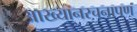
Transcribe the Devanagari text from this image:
आख्यानरचनापण